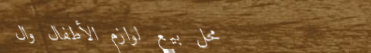
محل بيع لوازم الأطفال وال